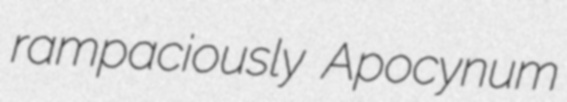
rampaciously Apocynum